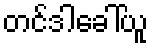
တင်ဒါခေါ်ယူ